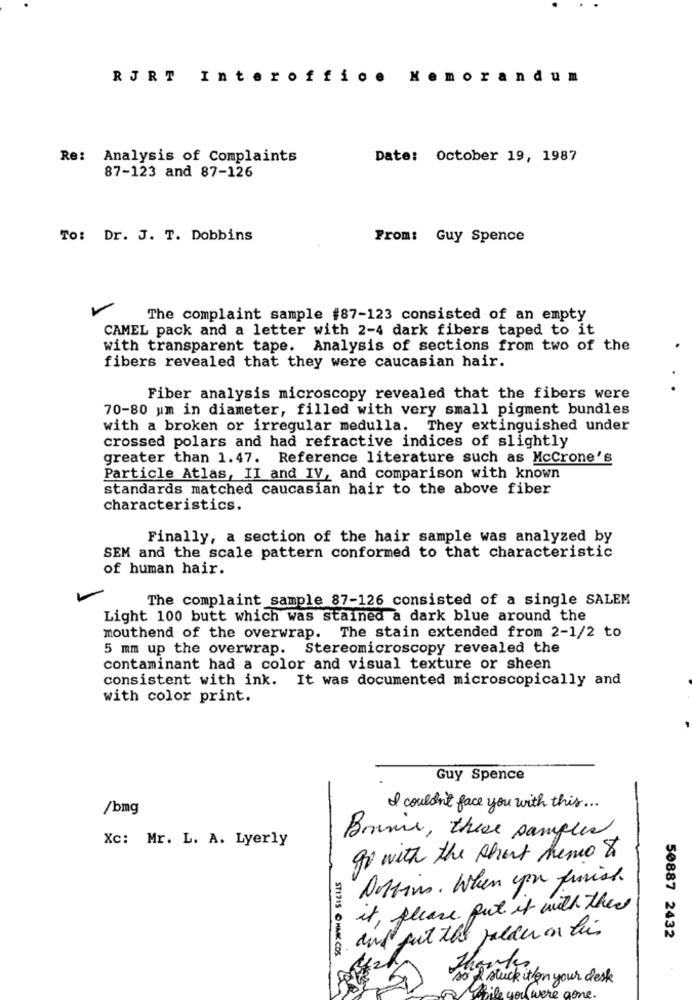
RJRT Interoffice
Memorandum
Re: Analysis of Complaints
Date: October 19, 1987
87-123 and 87-126
To: Dr. J. T. Dobbins
From: Guy Spence
The complaint sample #87-123 consisted of an empty
CAMEL pack and a letter with 2-4 dark fibers taped to it
with transparent tape. Analysis of sections from two of the
fibers revealed that they were caucasian hair.
Fiber analysis microscopy revealed that the fibers were
70-80 um in diameter, filled with very small pigment bundles
with a broken or irregular medulla. They extinguished under
crossed polars and had refractive indices of slightly
greater than 1.47. Reference literature such as McCrone's
Particle Atlas, II and IV, and comparison with known
standards matched caucasian hair to the above fiber
characteristics.
Finally, a section of the hair sample was analyzed by
SEM and the scale pattern conformed to that characteristic
of human hair.
The complaint sample 87-126 consisted of a single SALEM
Light 100 butt which was stained a dark blue around the
mouthend of the overwrap. The stain extended from 2-1/2 to
5 mm up the overwrap.
Stereomicroscopy revealed the
contaminant had a color and visual texture or sheen
consistent with ink. It was documented microscopically and
with color print.
Guy Spence
/bmg
I couldn't face you with this ...
Xc: Mr. L. A. Lyerly
Brasil, these sangles
go with the short hemo to
Dotting . When you finish.
it, please put it with there
and fut the puede on this
50887 2432
ST1715 CHAK COS
Thanks
stuck it on your desk
While you were gon